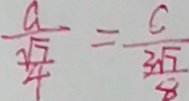
\frac { a } { \frac { \sqrt { 7 } } { 4 } } = \frac { c } { \frac { 3 \sqrt { 7 } } { 8 } }